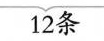
12条